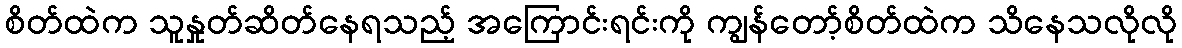
စိတ်ထဲက သူနှုတ်ဆိတ်နေရသည့် အကြောင်းရင်းကို ကျွန်တော့်စိတ်ထဲက သိနေသလိုလို